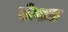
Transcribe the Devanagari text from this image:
लेपक